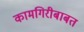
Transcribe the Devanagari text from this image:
कामगिरीबाबत